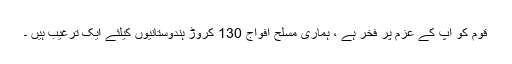
قوم کو آپ کے عزم پر فخر ہے ، ہماری مسلح افواج 130 کروڑ ہندوستانیوں کیلئے ایک ترغیب ہیں ۔